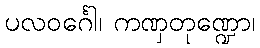
ပလဝင်္ဂေါ၊ ကဏှတုဏ္ဍော၊